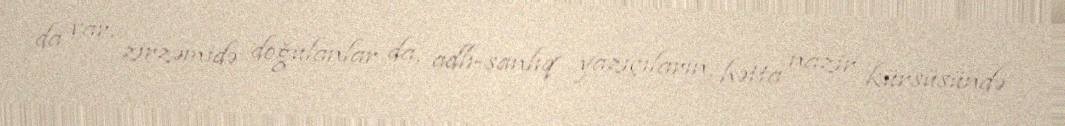
da var, zirzəmidə doğulanlar da, adlı-sanlıq yazıçıların, hətta nazir kürsüsündə